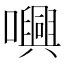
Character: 𡃳